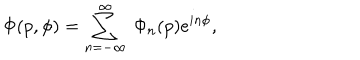
\Phi ( p , \phi ) = \sum _ { n = - \infty } ^ { \infty } \ \Phi _ { n } ( p ) e ^ { i n \phi } ,